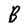
Character: B